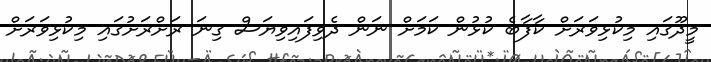
މީދޫގައި މިކުޅިވަރަށް ކާފާބެ ކުޅުން ކަމަށް ނަން ދެވިފައިވިޔަސް ގިނަ ރަށްރަށުގައި މިކުޅިވަރަށް